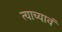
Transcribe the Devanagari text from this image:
त्याच्यावं